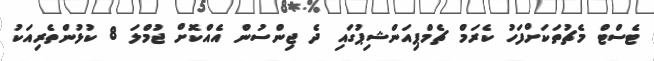
ޓެސްޓް މެޗުތަކަށްފަހު ކެރަމް ޗެމްޕިއަންޝިޕުގައި ދެ ޖިންސުން އެއްކޮށް ޖުމްލަ 8 ކުޅުންތެރިއަކު